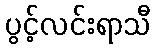
ပွင့်လင်းရာသီ